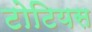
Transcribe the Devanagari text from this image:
टोटियस